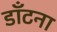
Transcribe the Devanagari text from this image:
डाँटना